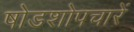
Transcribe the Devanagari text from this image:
षोडशोपचारें